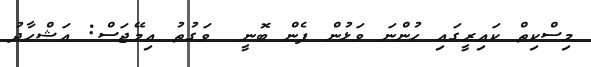
މިސްކިތް ކައިރީގައި ހުންނަ ވަޅުން ފެން ބޮނީ  ވަގުތު އިމޭޖަސް: އަޝްހާދު